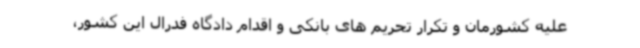
علیه کشورمان و تکرار تحریم های بانکی و اقدام دادگاه فدرال این کشور،